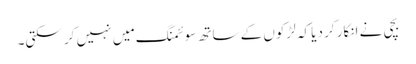
بچی نے انکار کر دیا کہ لڑکوں کے ساتھ سوئمنگ مَیں نہیں کر سکتی۔